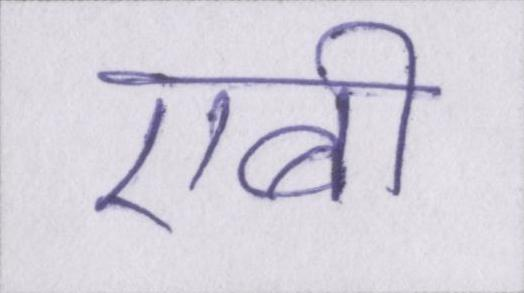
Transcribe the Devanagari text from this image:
एबी